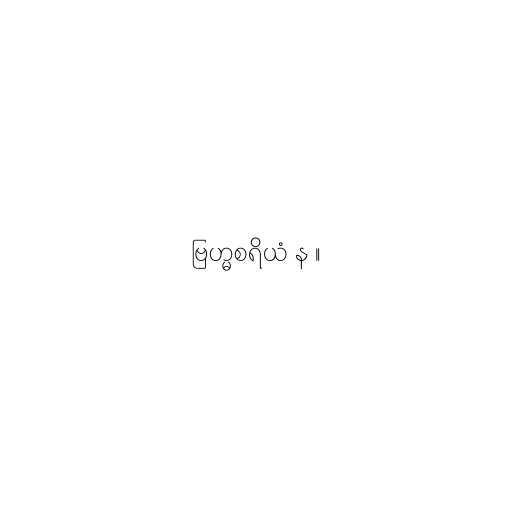
ဗြဟ္မစရိယံ န ။